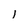
Character: I